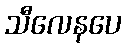
သီလေနပေ